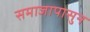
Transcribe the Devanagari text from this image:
समाजापासुन